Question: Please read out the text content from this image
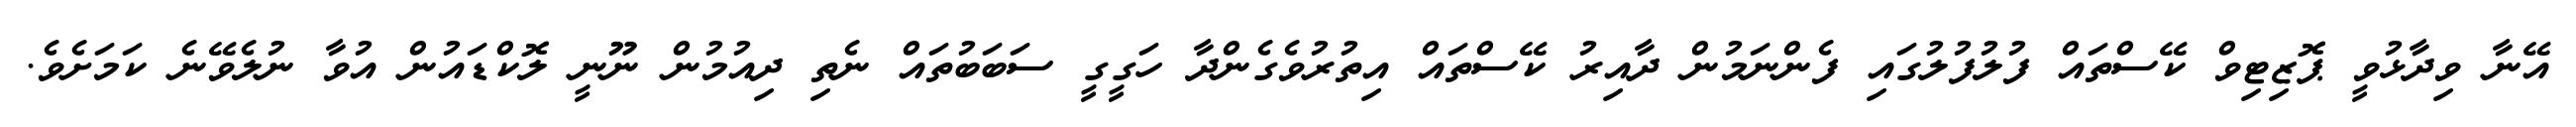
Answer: އޭނާ ވިދާޅުވީ ޕޮޒިޓިވް ކޭސްތައް ފުލުފުލުގައި ފެންނަމުން ދާއިރު ކޭސްތައް އިތުރުވެގެންދާ ހަގީގީ ސަބަބުތައް ނެތި ދިއުމުން ނޫނީ ލޮކްޑައުން އުވާ ނުލެވޭނެ ކަމަށެވެ.